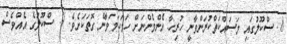
8. ސްކޫލުގައި މަސައްކަތްކުރަންވާނީ ހުރިހާ އެންމެންނަށް ހަމަހަމަވާނެ ގޮތަކަށެވެ. 9. ސްކޫލުގެ އެއްވެސް